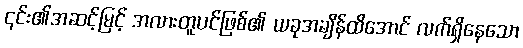
၎င်း၏အဆင့်မြင့် အလားတူပင်ဖြစ်၏ ယခုအချိန်ထိအောင် လက်ရှိနေသော